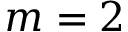
m = 2